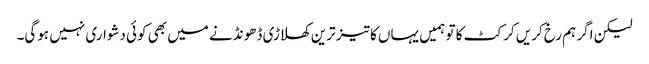
لیکن اگر ہم رخ کریں کرکٹ کا تو ہمیں یہاں کا تیز ترین کھلاڑی ڈھونڈنے میں بھی کوئی دشواری نہیں ہوگی۔